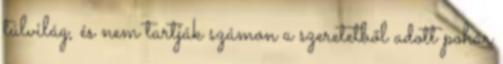
túlvilág, és nem tartják számon a szeretetből adott pohár